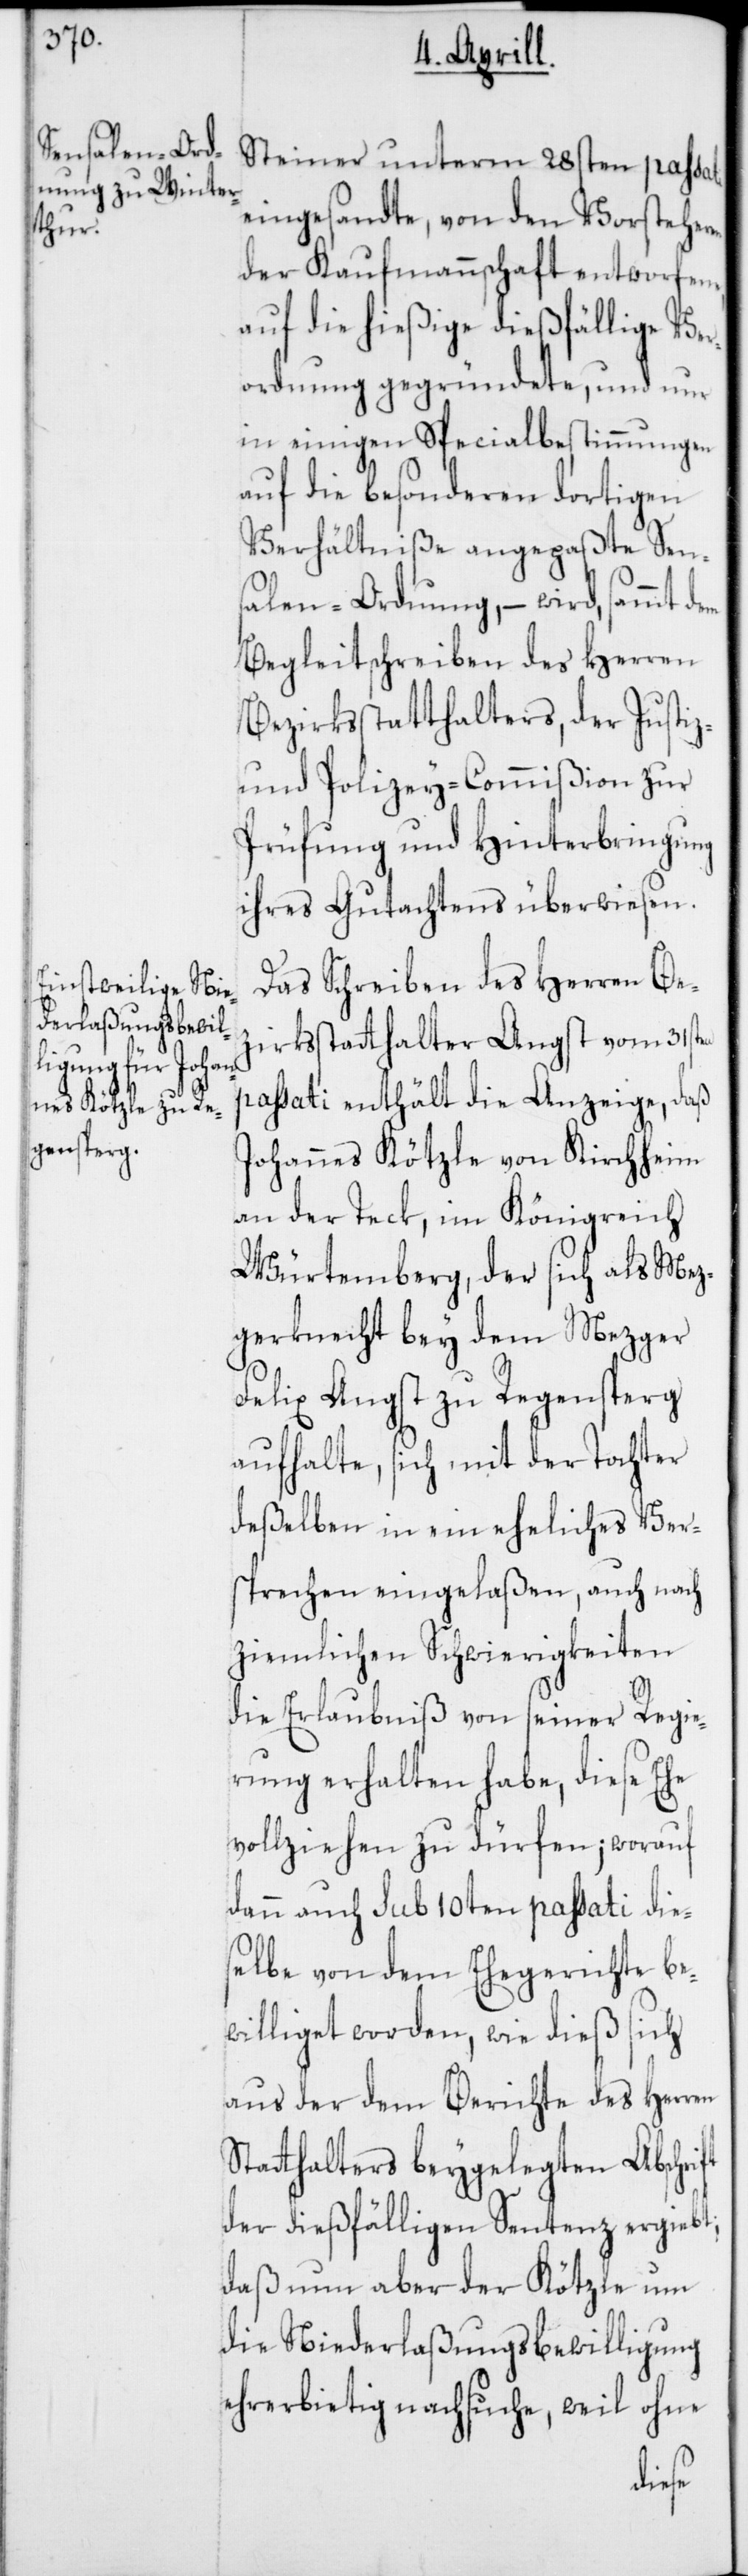
Steiner unterm 28sten passati
eingesandte, von den Vorsteheren
der Kaufmannschaft entworfene,
auf die hießige dießfällige Ver¬
ordnung gegründete, und nur
in einigen Spezialbestimmungen
auf die besonderen dortigen
Verhältniße angepaßte Sen¬
salen-Ordnung, – wird, sammt
Begleitschreiben des Herren
Bezirksstatthalters, der Justiz-
und Polizey-Commißion zur
Prüfung und Hinterbringung
ihres Gutachtens überwiesen.
Das Schreiben des Herren Bez¬
irksstatthalter Angst vom 31sten
passati enthält die Anzeige, daß
Johannes Kötzle von Kirchheim
an der Teck, im Königreich
Würtemberg, der sich als Mez¬
gerknecht bey dem Mezger
Felix Angst zu Regensperg
aufhalte, sich mit der Tochter
deßelben in ein eheliches Ver¬
sprechen eingelaßen, auch nach
ziemlichen Schwierigkeiten
die Erlaubniß von seiner Regie¬
rung erhalten habe, diese Ehe
vollziehen zu dürfen; worauf
dann auch sub 10ten passati die¬
selbe von dem Ehegerichte be¬
williget worden, wie dieß sich
aus der dem Berichte des Herren
Statthalters beygelegten Abschrift
der dießfälligen Sentenz ergiebt;
daß nun aber der Kötzle um
die Niederlaßungsbewilligung
ehrerbietig nachsuche, weil ohne